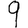
Digit: 9